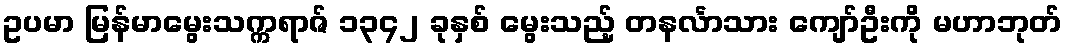
ဥပမာ မြန်မာမွေးသက္ကရာဇ် ၁၃၄၂ ခုနှစ် မွေးသည့် တနင်္လာသား ကျော်ဦးကို မဟာဘုတ်